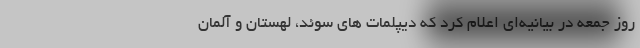
روز جمعه در بیانیه‌ای اعلام کرد که دیپلمات های سوئد، لهستان و آلمان